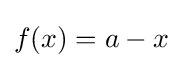
f(x)=a-x